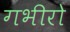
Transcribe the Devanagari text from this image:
गभीरो